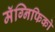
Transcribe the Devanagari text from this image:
मॅग्निफिको